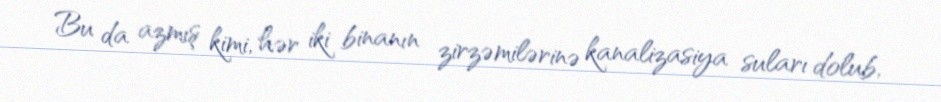
Bu da azmış kimi, hər iki binanın zirzəmilərinə kanalizasiya suları dolub,